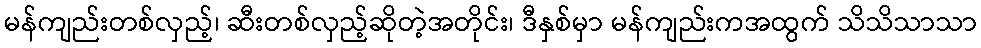
မန်ကျည်းတစ်လှည့်၊ ဆီးတစ်လှည့်ဆိုတဲ့အတိုင်း၊ ဒီနှစ်မှာ မန်ကျည်းကအထွက် သိသိသာသာ